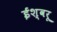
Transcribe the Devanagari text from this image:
ईश्वरू